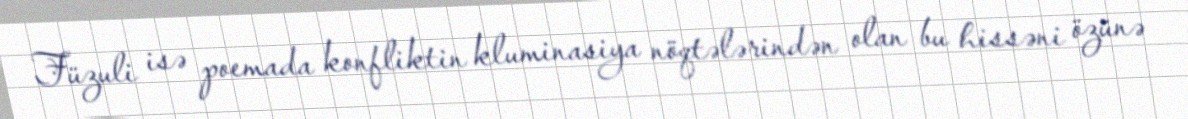
Füzuli isə poemada konfliktin kluminasiya nöqtələrindən olan bu hissəni özünə